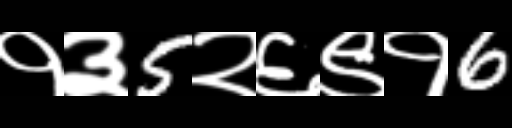
Text: १३5२६९१6